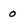
Character: 0